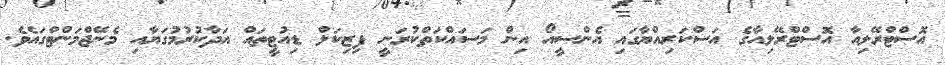
އޮސްޓްރޭލިއާ އޮސްޓްރޭލިއާގެ އަސްކަރިއްޔާގައި އެންސީއޯ އިން މަސައްކަތްކުރަނީ ފިޒިކަލް ޑިއުޓީތައް އަދާކުރުމުގަޔާއި މެނޭޖްމަންޓްގައެވެ.